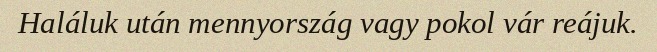
Haláluk után mennyország vagy pokol vár reájuk.